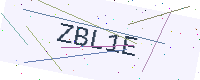
Text: ZBL1E